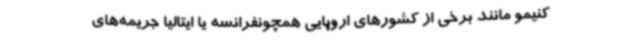
کنیمو مانند برخی از کشورهای اروپایی همچونفرانسه یا ایتالیا جریمه‌های